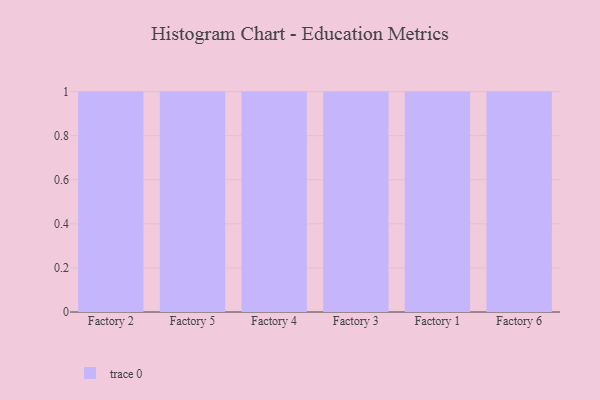
{"axis": {"x": "Factory", "y": "LTV (USD)"}, "legend": [""], "data": [{"x": "Factory 2", "y": 51, "type": ""}, {"x": "Factory 5", "y": 75, "type": ""}, {"x": "Factory 4", "y": 61, "type": ""}, {"x": "Factory 3", "y": 76, "type": ""}, {"x": "Factory 1", "y": 59, "type": ""}, {"x": "Factory 6", "y": 52, "type": ""}]}